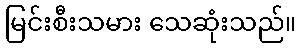
မြင်းစီးသမား သေဆုံးသည်။